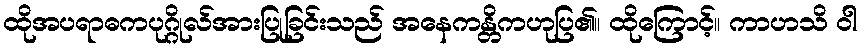
ထိုအပရာဓကပုဂ္ဂိုလ်အားပြုခြင်းသည် အနေကန္တိကဟုပြ၏။ ထိုကြောင့်။ ကာဟသိ ဝါ